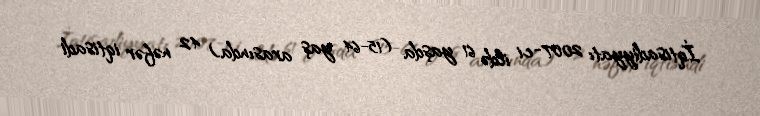
İqtisadiyyatı 2007-ci ildə 61 yaşda (15-64 yaş arasında) 42 nəfər iqtisadi